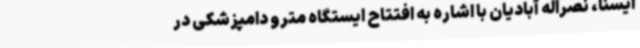
ایسنا، نصراله آبادیان با اشاره به افتتاح ایستگاه مترو دامپزشکی در